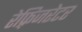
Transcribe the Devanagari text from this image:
रेफ़्रिजरेटर